Report of the Municipal Commissioner on the plague in Bombay for the year ending 31st May... - Volume 2
Disease focus: Plague
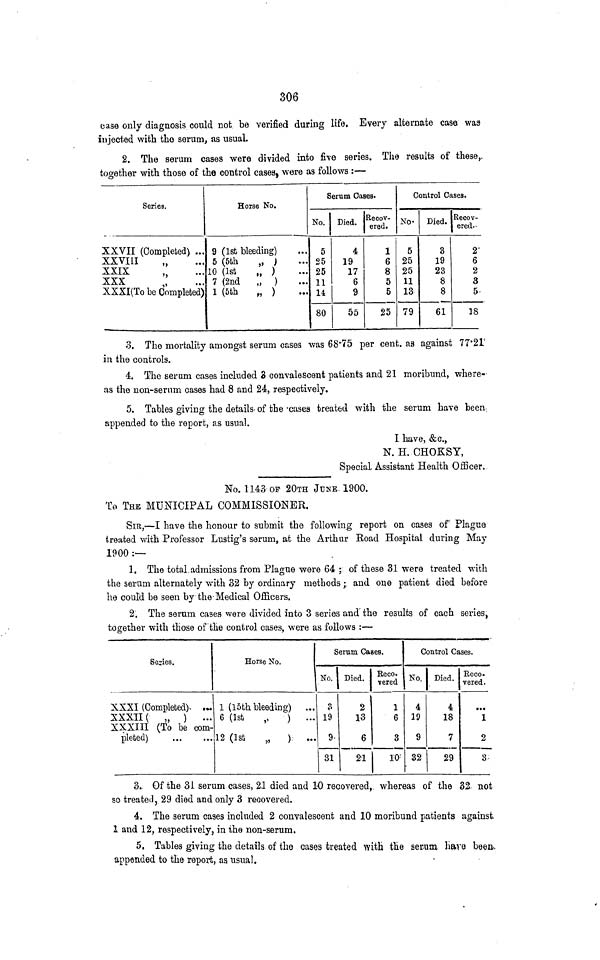
306
case only diagnosis could not be verified during life. Every alternate case was
injected with the serum, as usual.
2. The serum cases were divided into five series. The results of these,,
together with those of the control cases, were as follows :—
Series.
XXVII (Completed) ...
XXVIII
XXIX
XXX
XXXI(To be Completed)
Horse No.
9 (1st bleeding)
5 (5th
„ )
10 (1st
„ )
7 (2nd
„ )
1 (5th
„ )
Serum Oases.
No.
5
25
25
11
14
80
Died.
4
19
17
6
9
55
Recov-
ered.
1
6
8
5
5
25
Control Cases.
No-
5
25
25
11
13
79
Died.
3
19
23
8
8
61
Recov-
ered.-
2'
6
2
3
5-
18
0. The mortality amongst serum cases was 68*75 per cent, as against 77'21'
in the controls.
4. The serum cases included 3 convalescent patients and 21 moribund, where-
as the non-serum oases had 8 and 24, respectively.
5. Tables giving the details, of the -cases treated with the serum have been-
appended to the report, as usual.
I have, &c.,
N. H. CHOKSY,
Special, Assistant Health Officer.
No. 1143 OF 20TH JUNE 1900.
To THE MUNICIPAL COMMISSIONER.
SIR,—I have the honour to submit the following report on cases of Plague
treated with Professor Lustig's serum, at the Arthur Road Hospital during May
1900 :—
1. The total.admissions from Plague were 64 ; of these 31 were treated with
the serum alternately with 32 by ordinary methods; and one patient died before
he could be seen by the-Medical Officers.
2. The serum cases were divided into 3 series and'the results of each series,
together with those of the control cases, were as follows :—
Series.
XXXI (Completed). .«
XXXII ( „ )
...
XXXIII (To be com-
pleted)
Horse No.
1 (I5fch bleeding)
6 (1st
,,
) ...
12(lrt
„
) ...
Serum Cases.
No.
9
19
9.
31
Died.
2
13
6
21
Reco.
vered
1
6
3
10'
Control Cases.
No.
4
19
9
32
Died.
4
18
7
29
Reco-
vered.
1
2
3
3- Of the 31 serum cases, 21 died and 10 recovered, whereas of the 32- not
so treated, 29 died and only 3 recovered.
4. The serum cases included 2 convalescent and 10 moribund patients against.
1 and 12, respectively, in the non-serum.
5. Tables giving the details of the cases treated with the serum li&re been,
appended to the report, as usual.